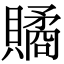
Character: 𧷾